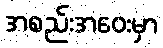
အစည်းအဝေးမှာ